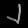
Digit: ၂